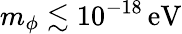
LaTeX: m_{\phi}\lesssim 10^{-18}\, \mathrm{eV}